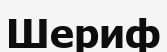
Шериф